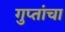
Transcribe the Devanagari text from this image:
गुप्तांचा